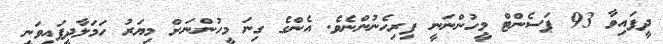
ދީފައިވާ 93 ޕަސެންޓް މީހުންނަނީ ފިރިހެނުންނެވެ. އެންގެ ގިނަ މީހުންނަށް މިޔަރު ހަމަލާދީފައިވަނީ